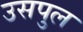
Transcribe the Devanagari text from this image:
उसपुल